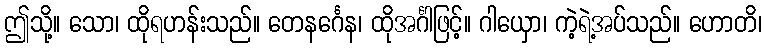
ဤသို့။ သော၊ ထိုရဟန်းသည်။ တေနင်္ဂေန၊ ထိုအင်္ဂါဖြင့်။ ဂါယှော၊ ကဲ့ရဲ့အပ်သည်။ ဟောတိ၊